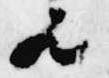
歟